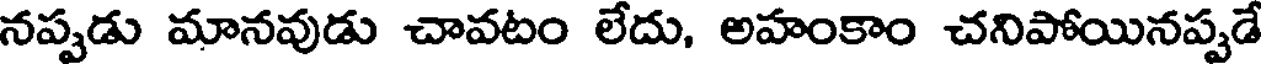
నప్పడు మానవుడు చావటం లేదు, అహంకాం చనిపోయినప్పడే